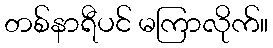
တစ်နာရီပင် မကြာလိုက်။